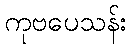
ကုဗပေသန်း